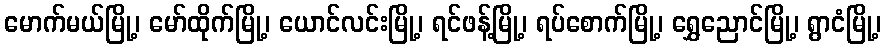
မောက်မယ်မြို့၊ မော်ထိုက်မြို့၊ ယောင်လင်းမြို့၊ ရင်ဖန့်မြို့၊ ရပ်စောက်မြို့၊ ရွှေညောင်မြို့၊ ရွာငံမြို့၊